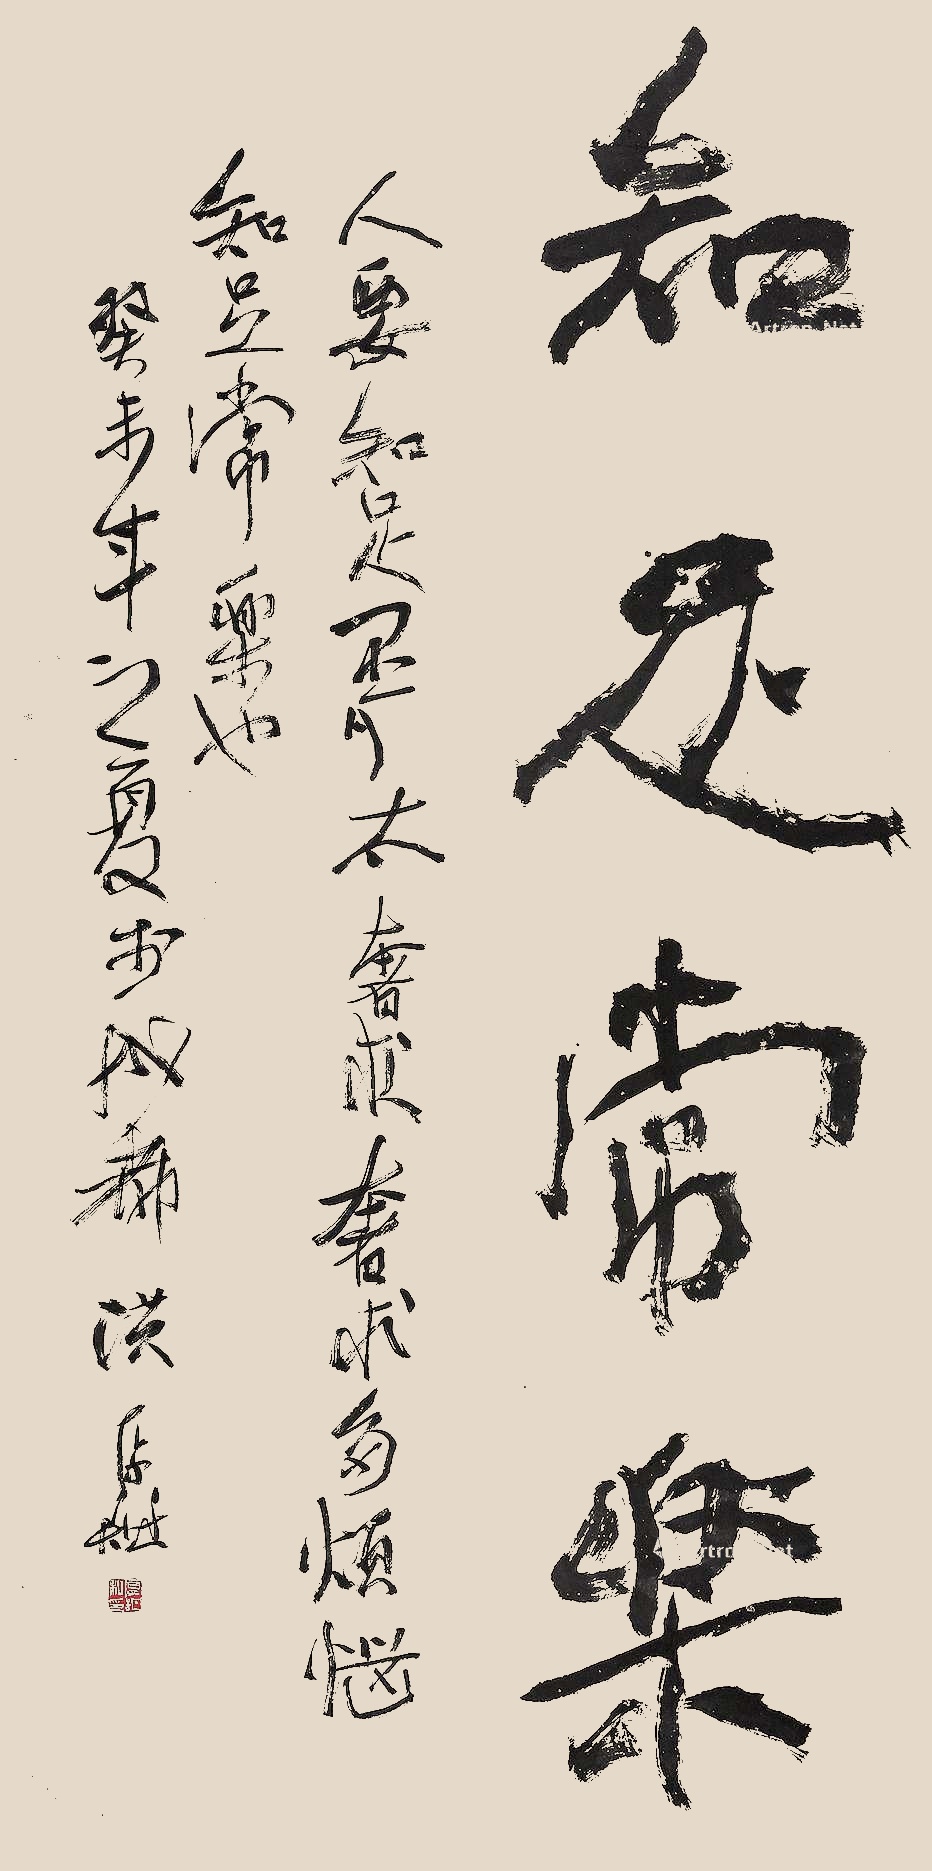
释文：知足常乐。人要知足不可太奢求，奢求多烦恼，知足常乐也。癸未年之夏于成都，洪厚甜。